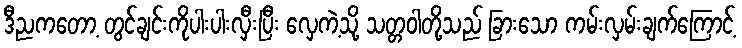
ဒီညကတော့ တွင်ချင်းကိုပါးပါးလှီးပြီး လှေကဲ့သို့ သတ္တဝါတို့သည် ခြားသော ကမ်းလှမ်းချက်ကြောင့်